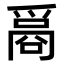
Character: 𤔦